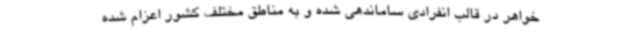
خواهر در قالب انفرادی ساماندهی شده و به مناطق مختلف کشور اعزام شده